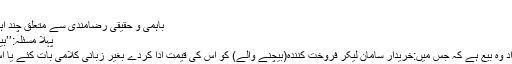
[4]
باہمی و حقیقی رضامندی سے متعلق چند اہم و ضروری مسائل
پہلا مسئلہ:’’بیع المعاطاۃ‘‘ کا حکم
بیعِ معاطاۃ سے مراد وہ بیع ہے کہ جس میں:خریدار سامان لیکر فروخت کنندہ(بیچنے والے) کو اُس کی قیمت ادا کردے بغیر زبانی کلامی بات کئے یا اس کے برعکس ہو ۔